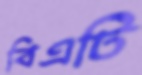
বিএটি